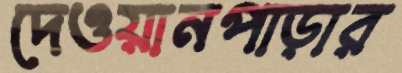
দেওয়ানপাড়ার